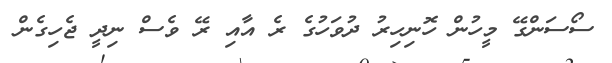
ސޯސަންގޭ މީހުން ހޮނިހިރު ދުވަހުގެ ރެ އާއި ރޭ ވެސް ނިދީ ޖެހިގެން